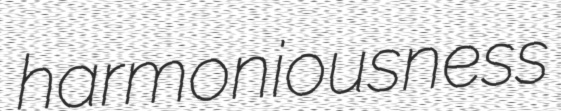
harmoniousness